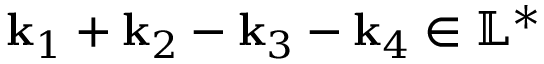
\mathbf { k } _ { 1 } + \mathbf { k } _ { 2 } - \mathbf { k } _ { 3 } - \mathbf { k } _ { 4 } \in \mathbb { L } ^ { * }